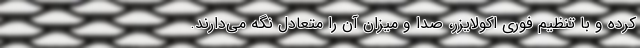
کرده و با تنظیم فوری اکولایزر، صدا و میزان آن را متعادل نگه می‌دارند.